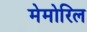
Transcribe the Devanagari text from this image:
मेमोरिल